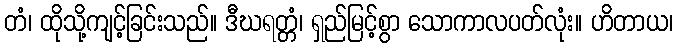
တံ၊ ထိုသို့ကျင့်ခြင်းသည်။ ဒီဃရတ္တံ၊ ရှည်မြင့်စွာ သောကာလပတ်လုံး။ ဟိတာယ၊